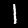
Digit: 1